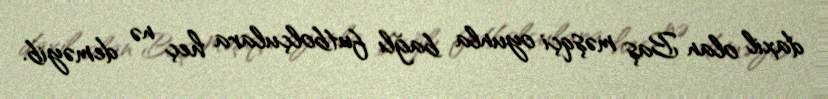
daxil olan Baş məşqçi oyunla bağlı futbolçulara heç nə deməyib.